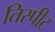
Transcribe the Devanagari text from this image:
तिरपीट